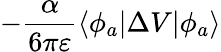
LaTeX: -\frac{\alpha}{6\pi\varepsilon}\langle\phi_{a}|\Delta V|\phi_{a}\rangle